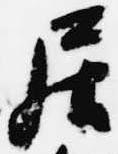
居